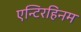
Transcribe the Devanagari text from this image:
एन्टिरहिनम